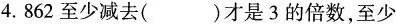
4.862至少减去( )才是3的倍数，至少